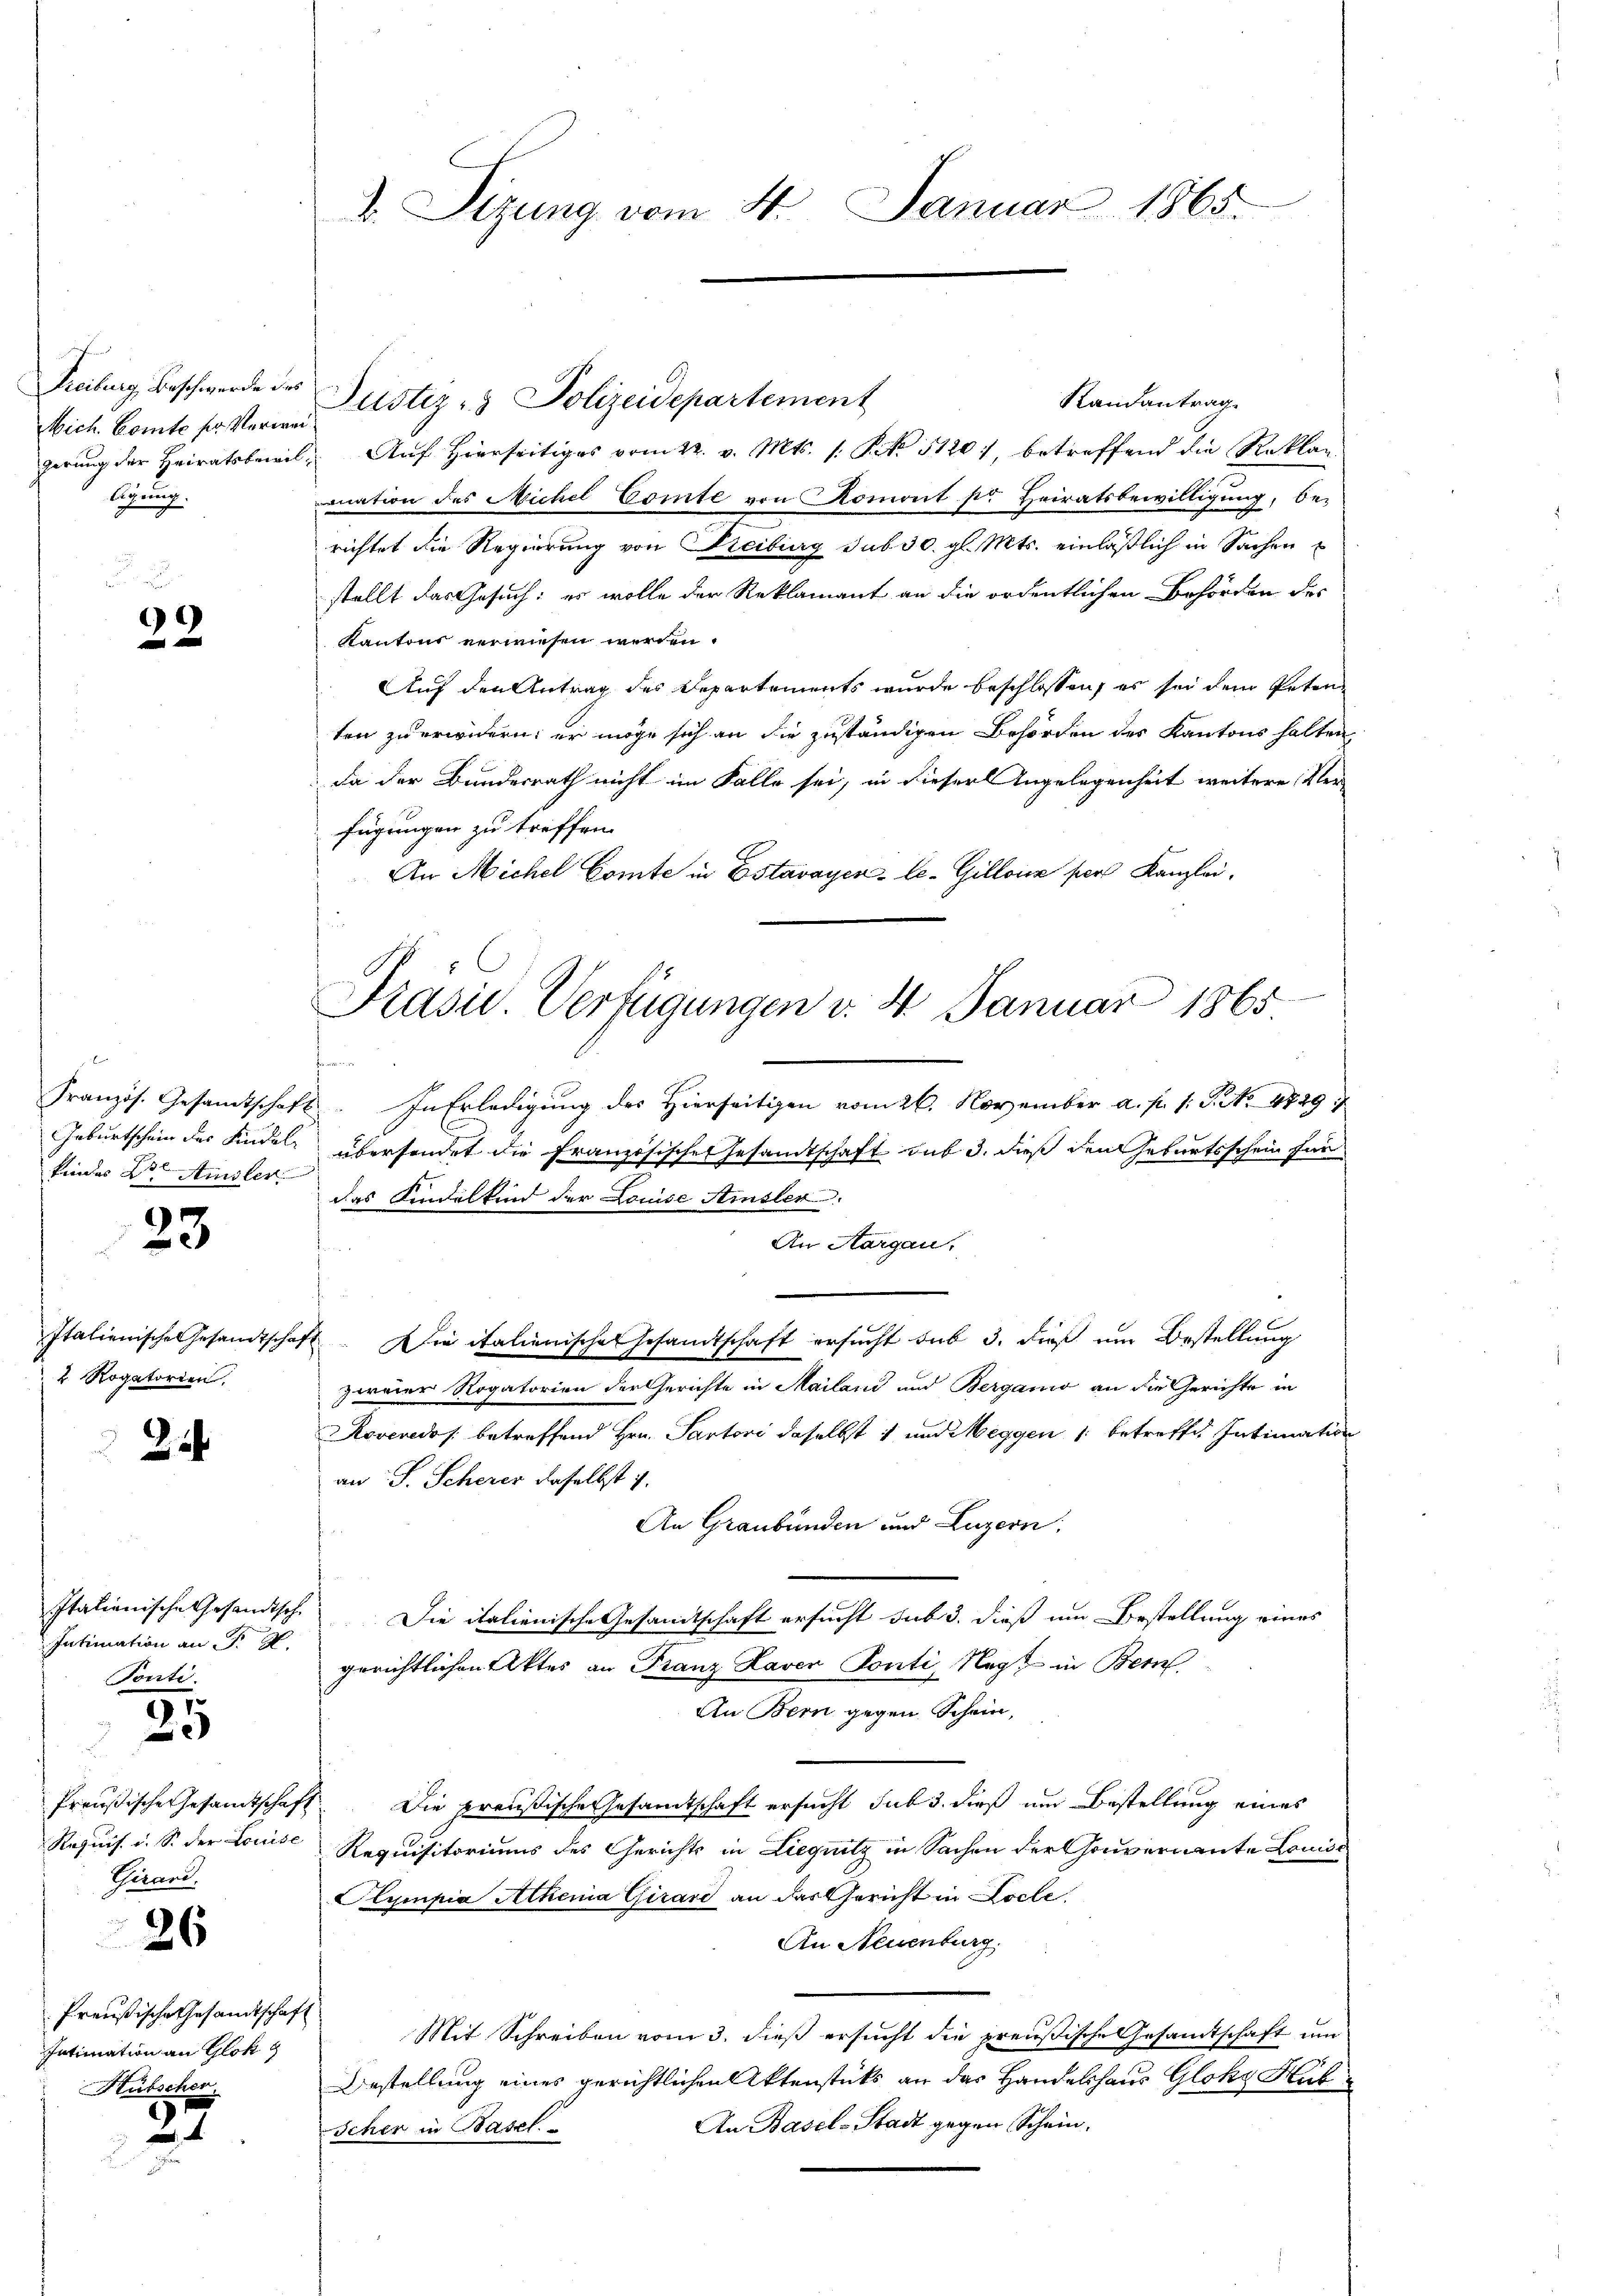
Freiburg, Beschwerde des
Mich. Comte fr. Verweilegung.

39

Geburtschein des Kindel
kindes Dr. Amsler

23.

2. Rogatorien,

2

Italienische Gesandtsche
Intimation an P. 9.
Tonti.

25

Preußische Gesamtschaf
Requis u. S. der Louise
Chirard.

26

Preußische Gesandtschaft
Intimation an Glok g
Hübscher.

27

d. Sizung vom 4. Januar 1865.

Randantrag
gerŭng der Heiratsbewil- Aŭf Hierseitiges vom 22. v. Mts. s. S. 51201, betreffend die Reklan
mnation des Michel Comte von Romont pr Heiratsbewilligung, be-
richtet die Regierung von Freiburg sub 30. gl. Mts. einläßlich in Sachen
stellt das Gesuch: es wolle der Reklamant an die ordentlichen Behörden der
Kantons verwiesen werden.
Auf den Antrag des Departements wurde beschlossen, es sei dem Peten
ten zu erwidern; er möge sich an die zuständigen Behörden des Kantons halten
da der Bundesrath nicht im Falle sei, in dieser Angelegenheit weitere Ver
fügungen zu treffen.
An Michel Comte in Estavayer-le-Gillone pers Kanzlei,
fe
Französ. Gesamtschaft. In Erledigŭng des hierseitigen vom 26. November a. p. 1. P. Nr. 4729
übersendet die Französischen Gesandtschaft aus 3. dieß den Geburtsschein für
das Kindelkind der Louise Ausler.
An Aargau.
Italienische Gesandtschaft. Die italienische Gesandtschaft ersucht sub 3. dieß um Bestellung
zweier Rogatorien der Gerichte in Mailand und Bergamo an die Gerichte in
Roveredo /: betreffend Hrn. Partori daselbst 1 und Meggen 1 betreffen Intimation
an J. Scherer daselbst 17.
An Graubünden und Luzern,
Die italienische Gesandtschaft ersucht sub 3. dieß um Bestellung eines
gerichtlichen Aktes an Franz Laver Ponti, Negt in Bern
An Bern gegen Schein,
A. Die preußische Gesamtschaft ersucht sub 3. dieß um Bestellung eines
Requisitoriums des Gerichts in Liegnitz in Sachen der Gouvernante Louiss
Olympia Athenia Girard an das Gericht in Loche
An Neuenburg.
Mit Schreiben vom 3. dieß ersucht die preußische Gesamtschaft um
Bestellung eines gerichtlichen Aktenstücks an das Handelshaus Glohz Hub
An Basel-Stadt gegen Schein.
Icher in Basel.

Justiz- & Polizeidepartement

.

Präsid. Verfügungen d. 4. Januar 1865